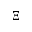
\Xi